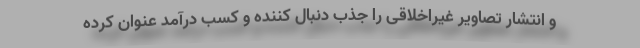
و انتشار تصاویر غیراخلاقی را جذب دنبال کننده و کسب درآمد عنوان کرده